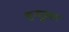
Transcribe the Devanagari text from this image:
शन्मुखम